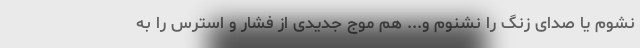
نشوم یا صدای زنگ را نشنوم و... هم موج جدیدی از فشار و استرس را به